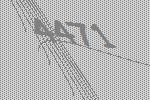
4471